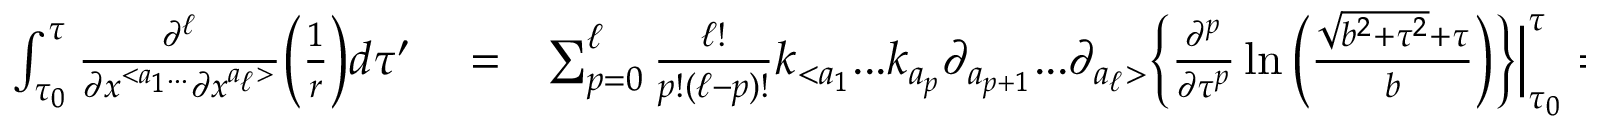
\begin{array} { r l r } { \int _ { \tau _ { 0 } } ^ { \tau } \frac { \partial ^ { \ell } } { \partial x ^ { < a _ { 1 } . . . } \partial x ^ { a _ { \ell } > } } \Big ( \frac { 1 } { r } \Big ) d \tau ^ { \prime } } & { { } = } & { \sum _ { p = 0 } ^ { \ell } \frac { \ell ! } { p ! ( \ell - p ) ! } k _ { < a _ { 1 } } . . . k _ { a _ { p } } \partial _ { a _ { p + 1 } } . . . \partial _ { a _ { \ell } > } \Big \{ \frac { \partial ^ { p } } { \partial \tau ^ { p } } \ln \Big ( \frac { \sqrt { b ^ { 2 } + \tau ^ { 2 } } + \tau } { b } \Big ) \Big \} \Big | _ { \tau _ { 0 } } ^ { \tau } = } \end{array}